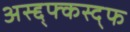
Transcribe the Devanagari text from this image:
अस्द्द्फ्कस्द्फ